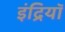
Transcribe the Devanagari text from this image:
इंद्रियॉ